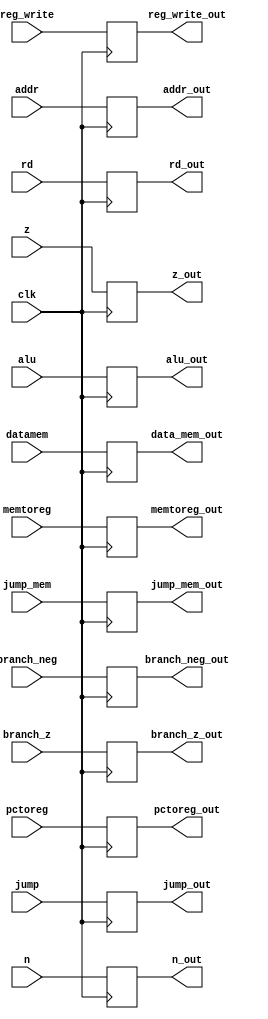
module exwb(clk, alu, datamem, addr, rd, n, z, reg_write, memtoreg, pctoreg, branch_neg, branch_z, jump, jump_mem, alu_out, data_mem_out, addr_out, rd_out, n_out, z_out, reg_write_out, memtoreg_out, pctoreg_out, branch_neg_out, branch_z_out, jump_out, jump_mem_out);

	input clk;
    input [31:0] alu;
	input [31:0] datamem;
	input [31:0] addr;
	input [5:0] rd;

	input n;
	input z;
	input reg_write;
	input memtoreg;
	input pctoreg;
	input branch_neg;
	input branch_z;
	input jump;
	input jump_mem;

	output reg [31:0] alu_out;
	output reg [31:0] data_mem_out;
	output reg [31:0] addr_out;
	output reg [5:0] rd_out;

	output reg n_out;
	output reg z_out;
	output reg reg_write_out;
	output reg memtoreg_out;
	output reg pctoreg_out;
	output reg branch_neg_out;
	output reg branch_z_out;
	output reg jump_out;
	output reg jump_mem_out;
	
	
	always@(negedge clk)
	begin

		// assign outputs to corresponding inputs
		alu_out = alu;
		data_mem_out = datamem;
		addr_out = addr;
		rd_out = rd;

		n_out = n;
		z_out = z;
		reg_write_out = reg_write;
		memtoreg_out = memtoreg;
		pctoreg_out = pctoreg;
		branch_neg_out = branch_neg;
		branch_z_out = branch_z;
		jump_out = jump;
		jump_mem_out = jump_mem;

	end

endmodule